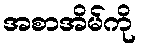
အစာအိမ်ကို